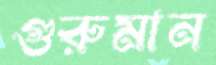
গুরুমান